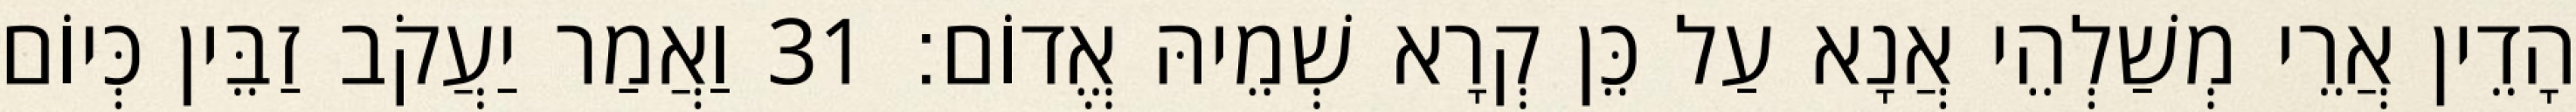
הָדֵין אֲרֵי מְשַׁלְהֵי אֲנָא עַל כֵּן קְרָא שְׁמֵיהּ אֱדוֹם׃ 31 וַאֲמַר יַעֲקֹב זַבֵּין כְּיוֹם